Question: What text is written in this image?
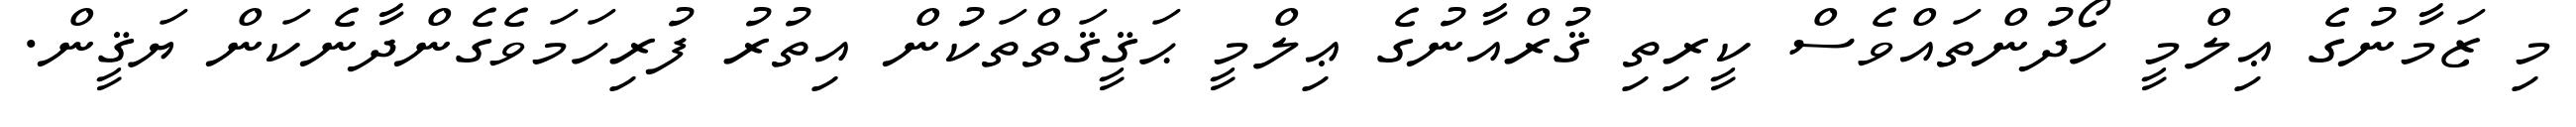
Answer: މި ޒަމާނުގެ ޢިލްމީ ހޯދުންތައްވެސް ކީރިތި ޤުރްއާނުގެ ޢިލްމީ ޙަޤީޤަތްތަކުން އިތުރު ފުރިހަމަވެގެންދާނެކަން ޔަޤީން.